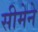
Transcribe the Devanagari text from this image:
सीमेने